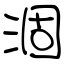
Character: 涸